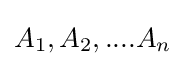
A_{1},A_{2},....A_{n}